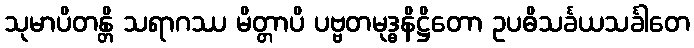
သုမာပိတန္တိ သရာဂဿ မိတ္တာပိ ပဗ္ဗတမုဒ္ဓနိဋ္ဌိတော ဥပဓိသင်္ခယသင်္ခါတေ